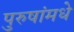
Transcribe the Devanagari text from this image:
पुरुषांमधे